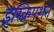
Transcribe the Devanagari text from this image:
इंस्क्रिपशन